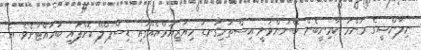
ނިލާންޝީގެ މަންމަ ކާމިނީބެން ބޭނުންވަނީ އިސްތަށިގަނޑު މިއުޒިއަމްއެއްގައި ޑިސްޕްލޭ ކޮށްފައި ބަހައްޓާށެވެ. އެ